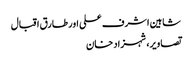
شاہین اشرف علی اور طارق اقبال
تصاویر، شہزاد خان